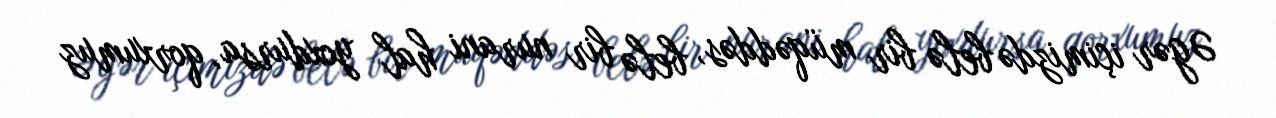
Əgər içimizdə belə bir müqəddəs, belə bir nurani hal yoxdursa, qorxumuz